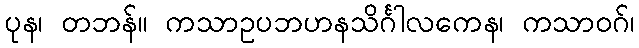
ပုန၊ တဘန်။ ကသာဥပဘဟနသိင်္ဂါလကေန၊ ကသာဝဂ်၊